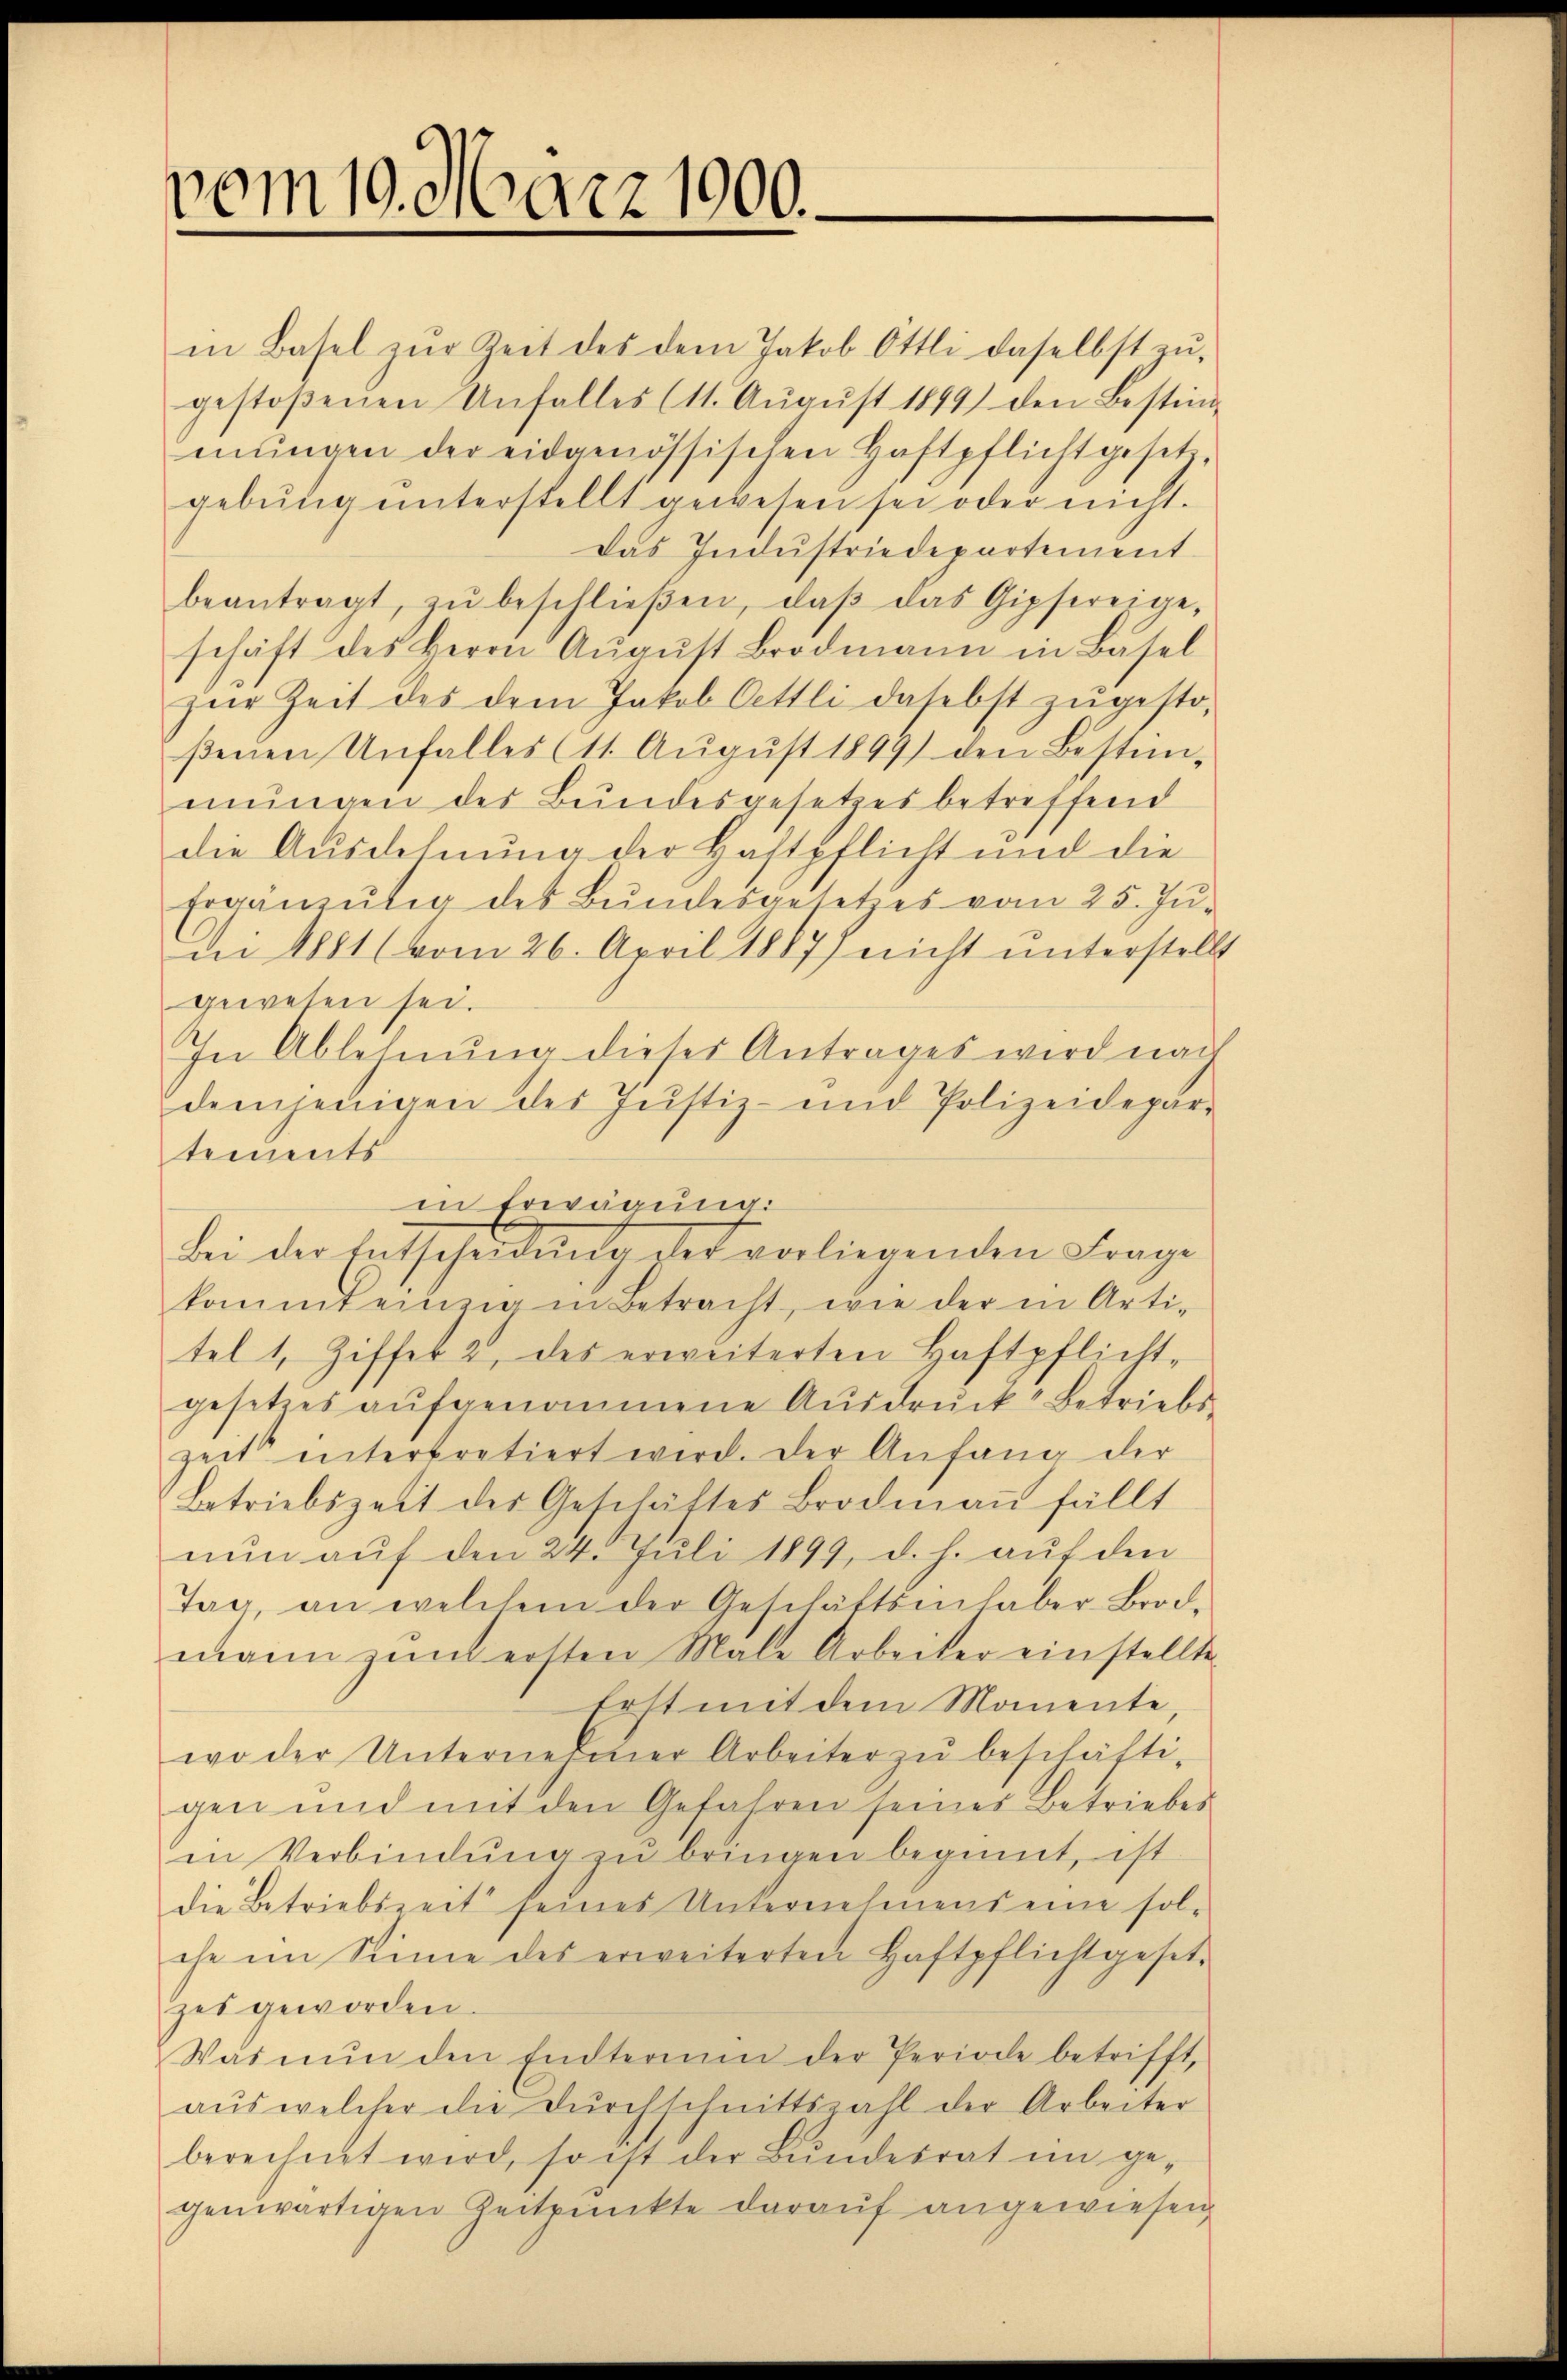
vom 10. März 1900.

in Basel zŭr Zeit des dem Jakob Öttli daselbst zŭ
gestoßenen Unfalles (11. Aŭgŭst 1899) den Bestim-
mŭngen der eidgenössischen Haftpflicht geset
gebŭng ŭnterstellt gewesen sei oder nicht.
Das Industriedepartement
beantragt, zŭ beschlieβen, daβ das Gipfereige-
schaft des Herrn Aŭgŭst Brodmann in Basel
zŭr Zeit des dem Jakob Oettli daselst zŭgesto-
ßenen Unfalles (11. Aŭgŭst 1899) den Bestimmungen des Bundesgesetzes betreffend
die Ausdehnung der Haftpflicht und die
Ergänzŭng des Bŭndesgesetzes vom 25. Jŭ-
Dee 1881 (vom 26. April 1887) nicht unterstellt
gewesen sei.
In Ablehnung dieses Antrages wird nach
demjenigen des Justiz- und Polizeidepartements
bei der Entscheidŭng der vorliegenden Frage
kommt einzig in Betracht, wie der in Arti-
tel 1, Ziffer 2, des erweiterten Haftpflichtgesetzes aufgenommene Ausdruck betriebs-
zeit intertretiert wird. Der Anfang der
Betriebszeit des Geschäftes Brodmaṅ fällt
nun auf den 24. Juli 1899, d. h. auf den
Tag an welchem der Geschäftsinhaber-Brod-
mann zum ersten Male Arbeiter einstellte
Erst mit dem Momente,
wo der Unternehmer Arbeiter zŭ beschäfti-
gen und mit den Gefahren seines Betriebes
in Verbindung zu bringen beginnt, ist
die Betriebszeit seines Unternehmens eine sol-
che im Sinne des erweiterten Haftpflicht gesetz
zes geworden.
Was nŭn den Endterium der Periode betrifft,
aŭs welcher die Dŭrchschnittszahl der Arbeiter
berechnet wird, so ist der Bŭndesrat im ge-
genwärtigen Zeitpunkte darauf angewiesen

in Erwägung: